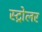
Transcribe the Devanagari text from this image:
स्ट्रोलर